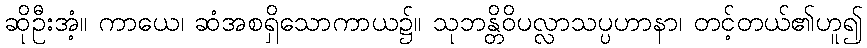
ဆိုဦးအံ့။ ကာယေ၊ ဆံအစရှိသောကာယ၌။ သုဘန္တိဝိပလ္လာသပ္ပဟာနာ၊ တင့်တယ်၏ဟူ၍